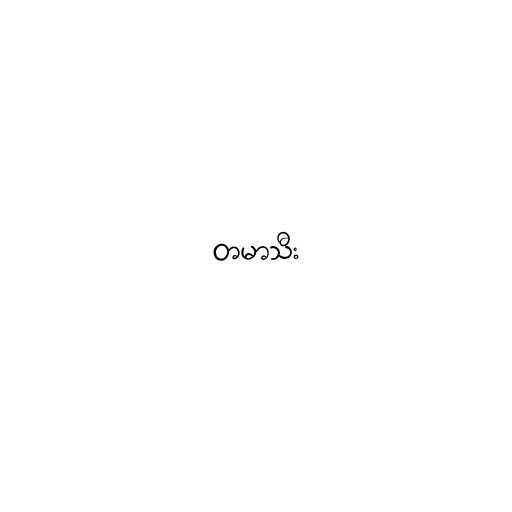
တမာသီး